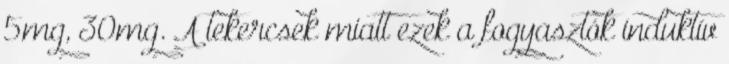
5mg, 30mg. A tekercsek miatt ezek a fogyasztók induktív